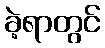
ခဲ့ရာတွင်